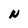
Character: N